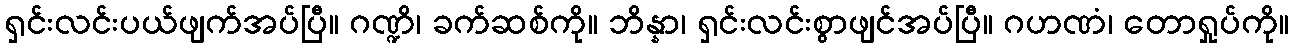
ရှင်းလင်းပယ်ဖျက်အပ်ပြီ။ ဂဏ္ဍိ၊ ခက်ဆစ်ကို။ ဘိန္နာ၊ ရှင်းလင်းစွာဖျင်အပ်ပြီ။ ဂဟဏံ၊ တောရှုပ်ကို။